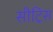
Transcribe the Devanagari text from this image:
सीट्रिस